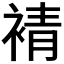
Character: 𧚫